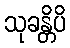
သုခန္တိပိ